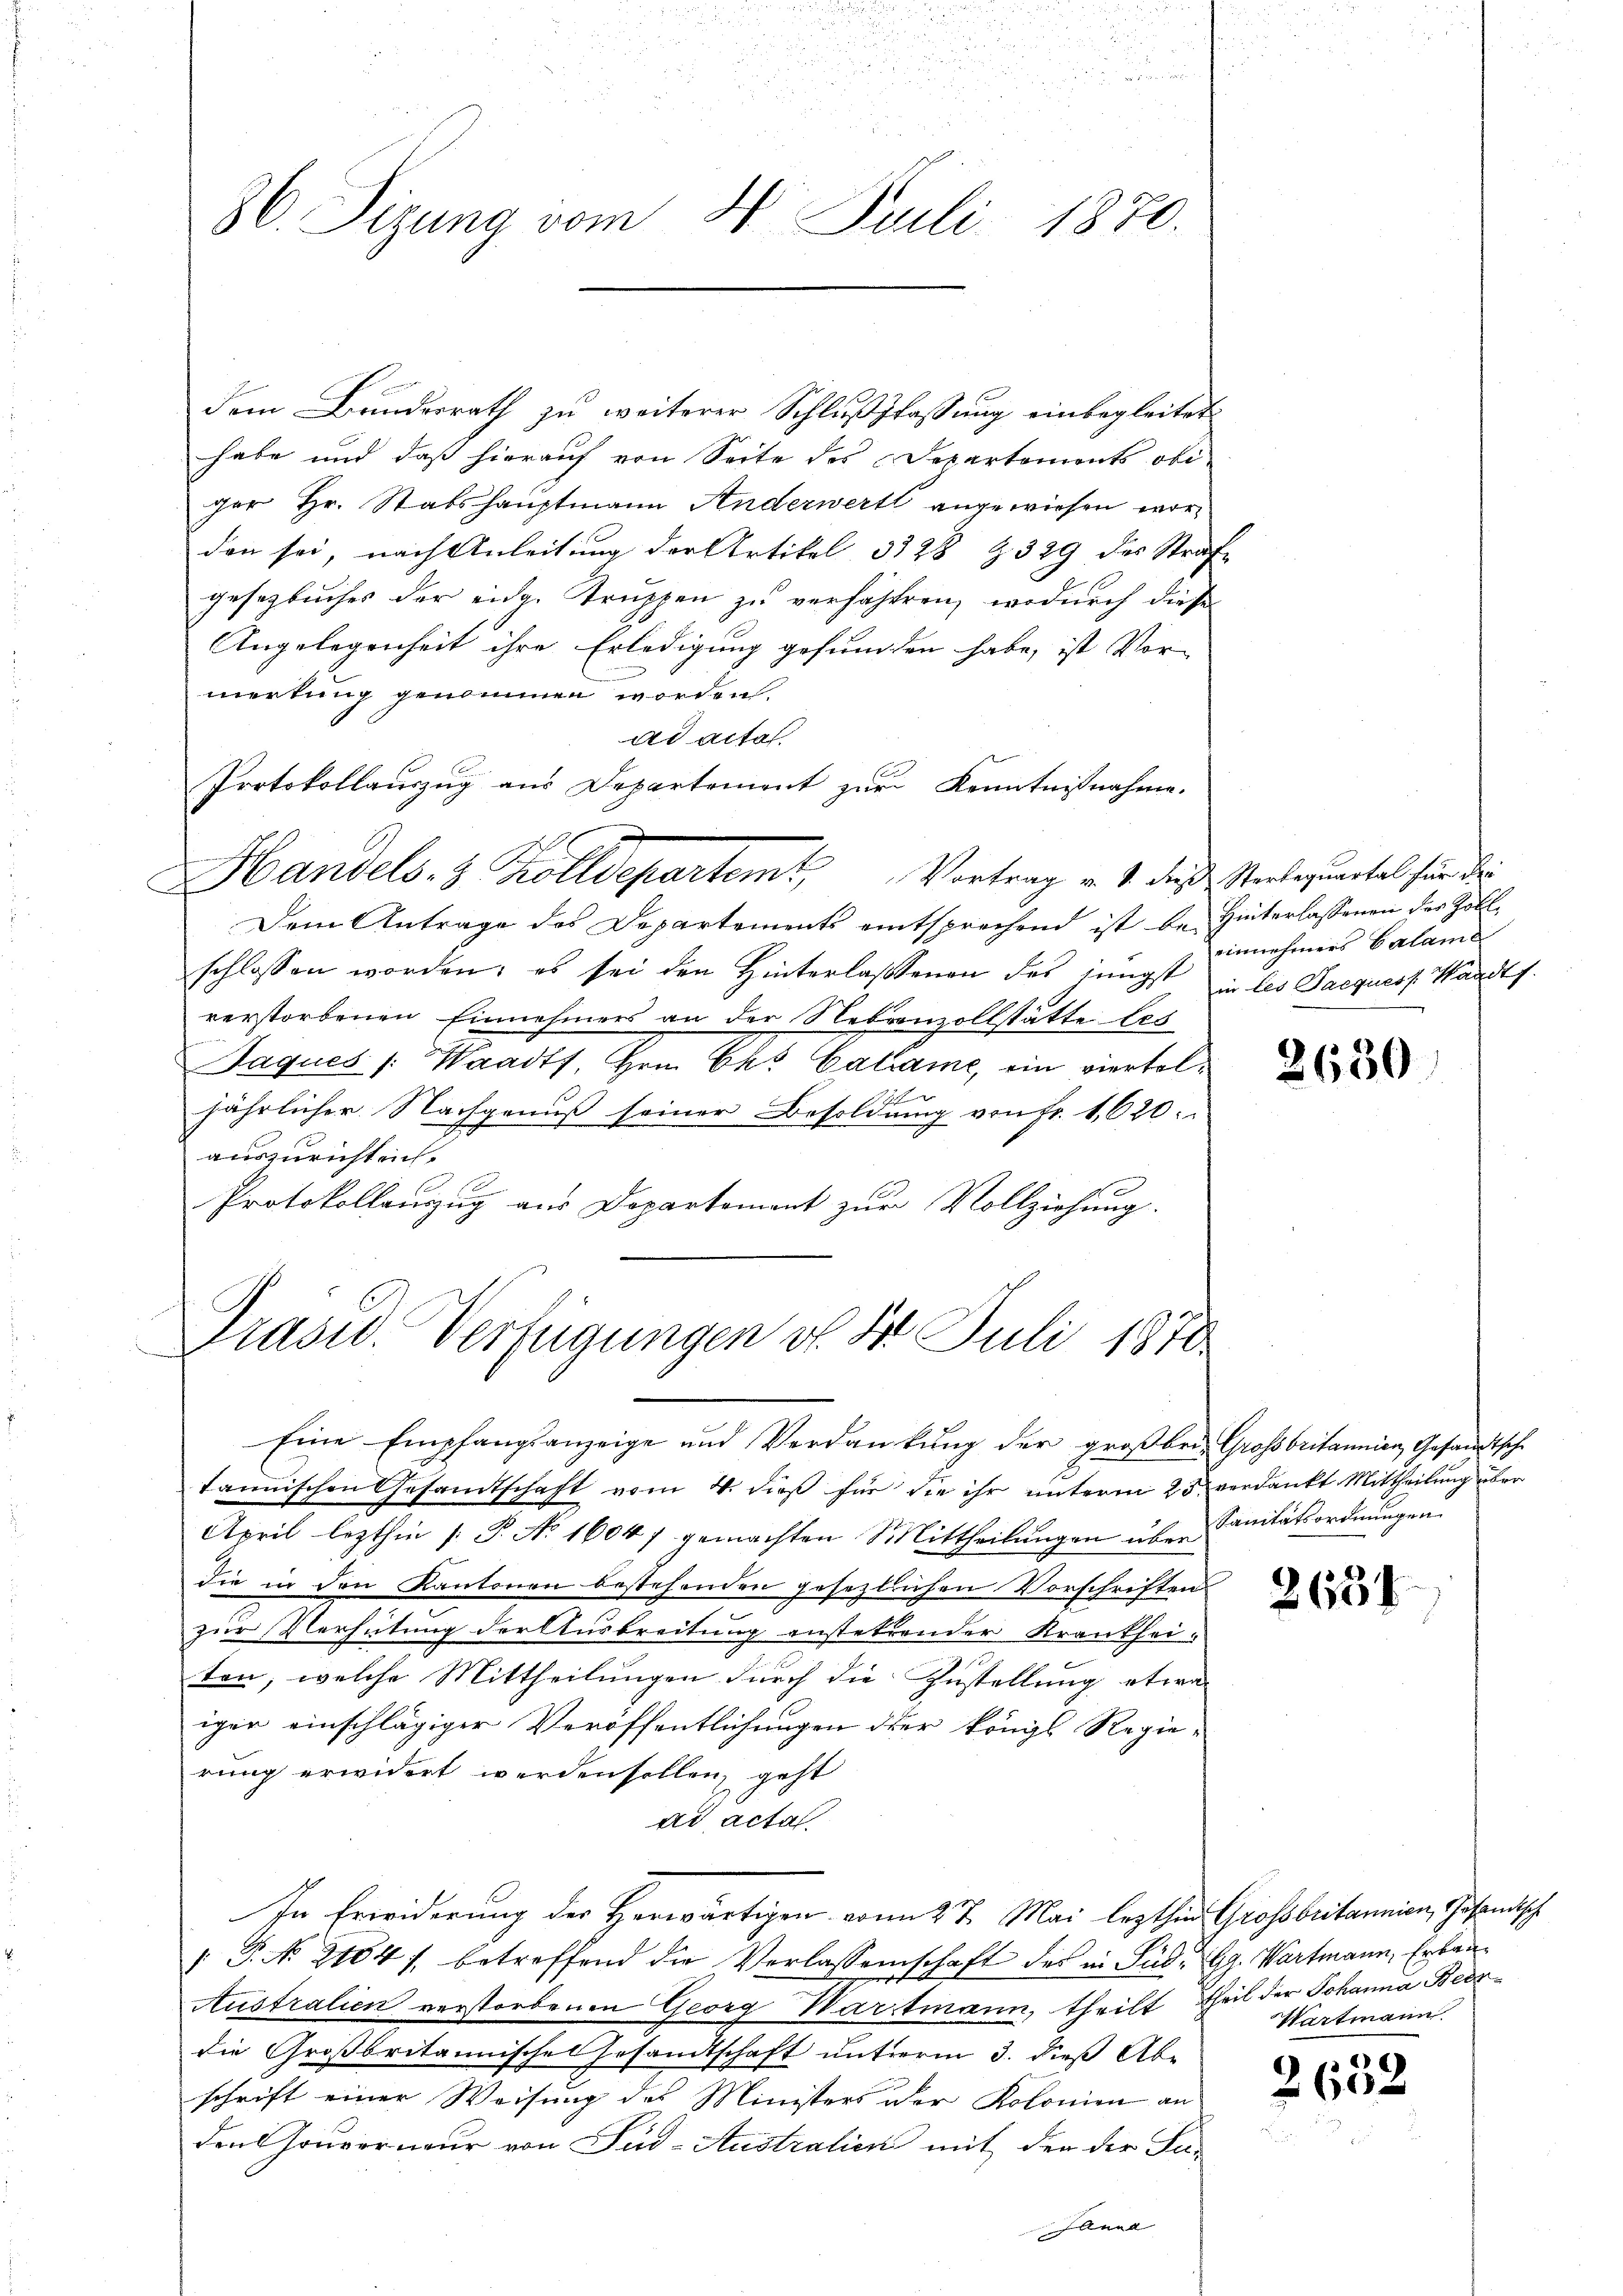
86. Sizung vom 4. Juli 1870.

dem Bundesrath zu weiterer Schlußfassung einbegleitet
habe und daß hierauf von Seite des Departements obi
ger Hr. Stabshauptmann Anderwert angewiesen worden sei, nach Anleitung der Artikel 3228 Z 329 des Strafe
gesetzbuches der eidg. Truppen zu verfahren, wodurch diese
Angelegenheit ihre Erledigung gefundten habe, ist Vor-
merkung genommen worden.
ad acta
Protokollauszug aus Departement zur Kenntnißnahme.
Handels- & Kolldepartem Vortrag v. 1. das Verleguntal für die
Dem Antrage des Departements entsprechend ist be- Hinterlassenen des Zollschlossen worden; es sei den Hinterlassenen des innigst in les Jacques Waadts.
verstorbenen Einnehmers an der Nebenzollstätte les
Jaques /: Waadt Hrn. Ch. Calame, ein vierteljährlicher Nachgenuß seiner Besoldung von Fr. 1,620.
auszurichteiche
Protokollauszug aus Departement zur Vollziehung.
Präsid. Verfügungen v. 8. Juli 1870

Eine Empfangsanzeige und Verdankung der groß bei Grossbritannien Gesandtsche
tannischen Gesandtschaft vom 4. dieß für die ihr unterm 23. verdankt Mittheilung über
April lezthin |: P. No 1604 / gemachten Mittheilŭngen über Sanitätsordnungen.
die in den Kantonen bestehenden gesetztlichen Vorschriften
zur Verhütung der Ausbreitung anstetrender Krankheiten, welche Mittheilungen durch die Zustellung etwa
iger einschlägiger Veröffentlichungen der Königl Regierung erwidert werden sollen, geht
dr acta
In Erwiderung des Herwärtigen vom 27. Mai lezthin Grossbritannien, Gesandisch
 P. No. 2184) betreffend die Verlassenschaft des in Süd- Gg. Wartmann, Erbau¬
Australien verstorbenen Georg Wartmann, theilt, Theil der Johanna Beerdie Großbritannisches Gesandtschaft unterm 3. dieß Ab-
schrift einer Weisung des Ministers der Kolonien an
den Gouverneur von Fud-Australien mit der der Fa-
Hanna

einnehmers Calame

2650

265

Wartmann

2652